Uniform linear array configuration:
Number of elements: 12
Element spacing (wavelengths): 1
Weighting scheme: hann
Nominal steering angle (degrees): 30
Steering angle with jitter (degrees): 28.055
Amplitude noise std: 0.05
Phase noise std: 0.05

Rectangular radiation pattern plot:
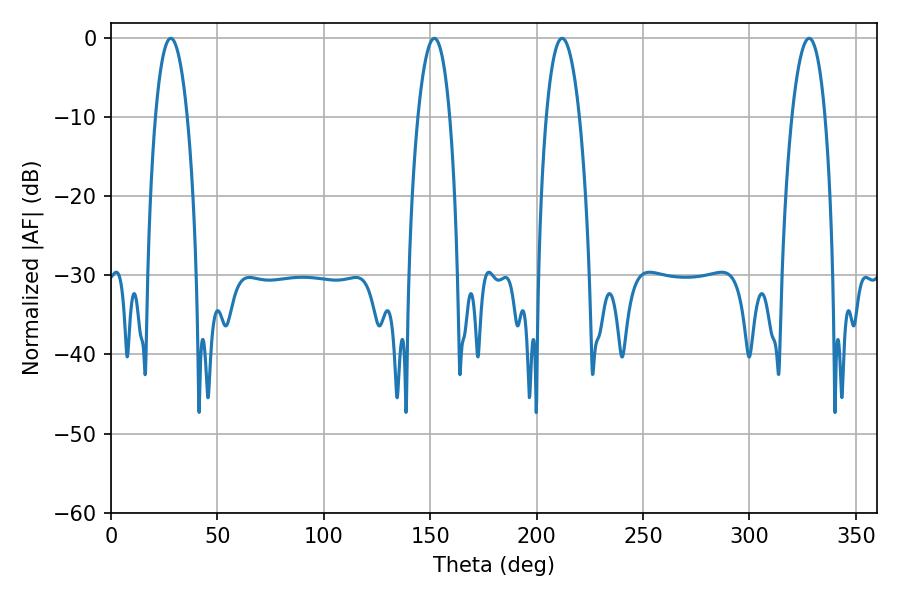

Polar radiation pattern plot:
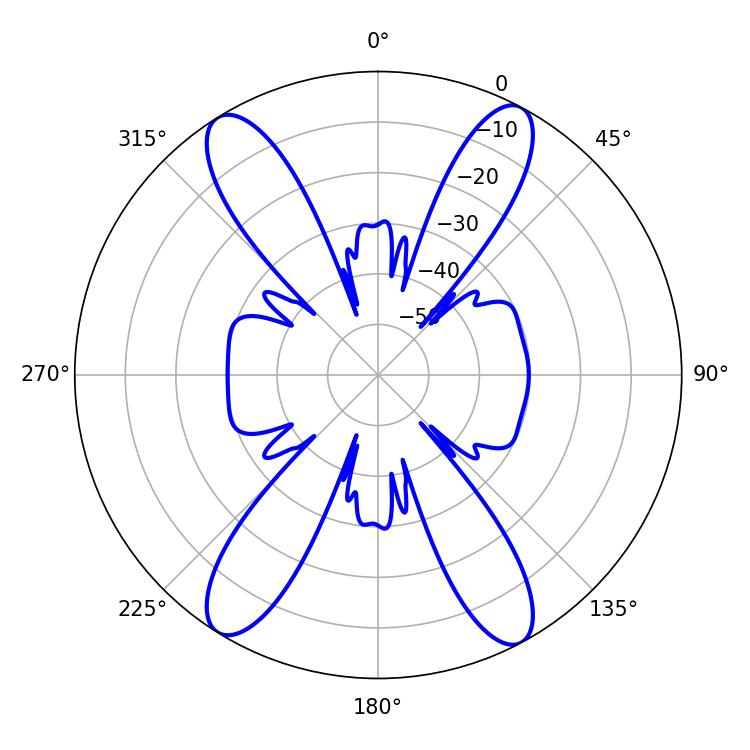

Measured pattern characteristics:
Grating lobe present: TRUE
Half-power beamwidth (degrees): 8.46
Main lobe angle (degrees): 28.08